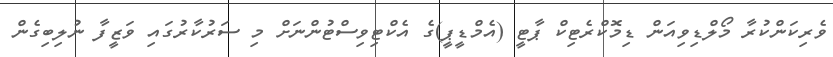
ވެރިކަންކުރާ މޯލްޑިވިއަން ޑިމޮކްރެޓިކް ޕާޓީ (އެމްޑީޕީ)ގެ އެކްޓިވިސްޓުންނަށް މި ސަރުކާރުގައި ވަޒީފާ ނުލިބިގެން